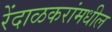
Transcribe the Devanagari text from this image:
रेंदाळकरांमधील